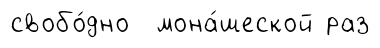
свобо́дно мона́шеской раз